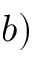
b )